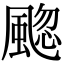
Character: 䬍